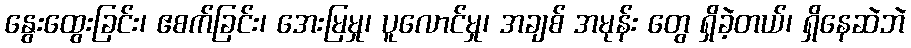
နွေးထွေးခြင်း၊ ဧစက်ခြင်း၊ အေးမြမှု၊ ပူလောင်မှု၊ အချစ် အမုန်း တွေ ရှိခဲ့တယ်၊ ရှိနေဆဲဘဲ